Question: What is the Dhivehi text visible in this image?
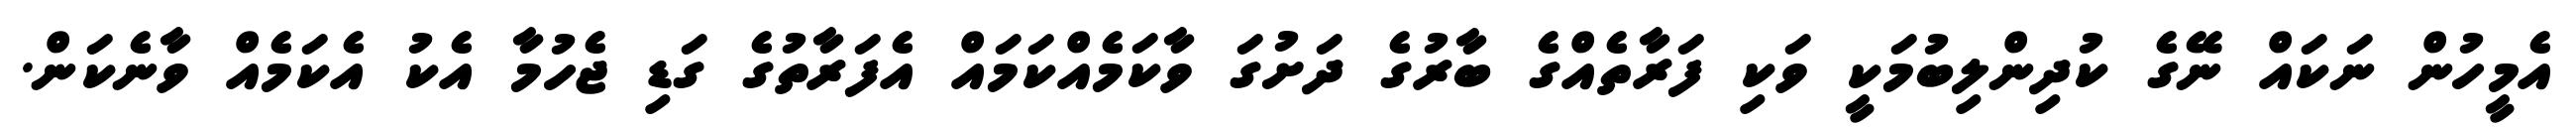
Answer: އެމީހުން ނަކައް ނޭގެ ކުދިންލިބުމަކީ ވަކި ފަރާތެއްގެ ބާރުގެ ދަށުގަ ވާކަމެއްކަމައް އެފަރާތުގެ ގަޑި ޖެހުމާ އެކު އެކަމެއް ވާނެކަން.